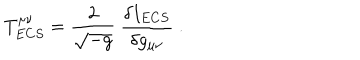
LaTeX: T _ { E C S } ^ { \mu \nu } = \frac { 2 } { \sqrt { - g } } \ \frac { \delta I _ { E C S } } { \delta g _ { \mu \nu } } \ .